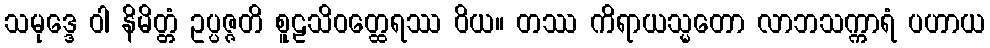
သမုဒ္ဒေ ဝါ နိမိတ္တံ ဥပ္ပဇ္ဇတိ စူဠသိဝတ္ထေရဿ ဝိယ။ တဿ ကိရာယသ္မတော လာဘသက္ကာရံ ပဟာယ